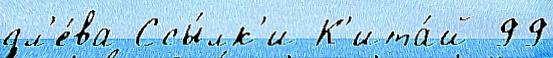
сл'е́ва Ссы́лк'и К'ита́й 99